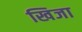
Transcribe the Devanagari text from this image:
खिजा